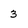
Character: 3